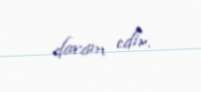
davam edir.